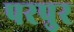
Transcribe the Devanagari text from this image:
परपुर